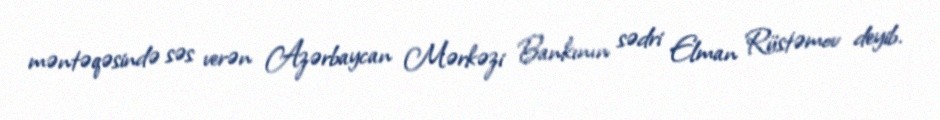
məntəqəsində səs verən Azərbaycan Mərkəzi Bankının sədri Elman Rüstəmov deyib.